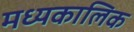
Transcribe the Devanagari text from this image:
मध्यकालिक